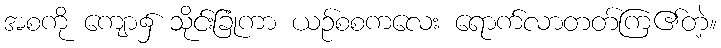
အစကို ကျော၌ သိုင်းခြုံကာ ယဉ်စစကလေး ရောက်လာတတ်ကြ၏တဲ့။